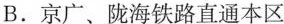
B.京广、陇海铁路直通本区